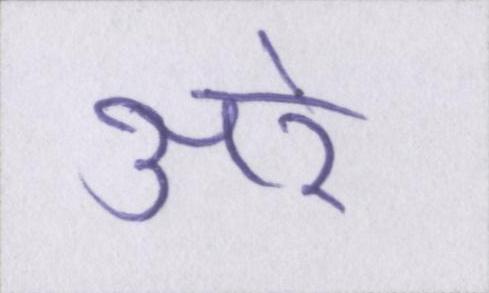
अरे